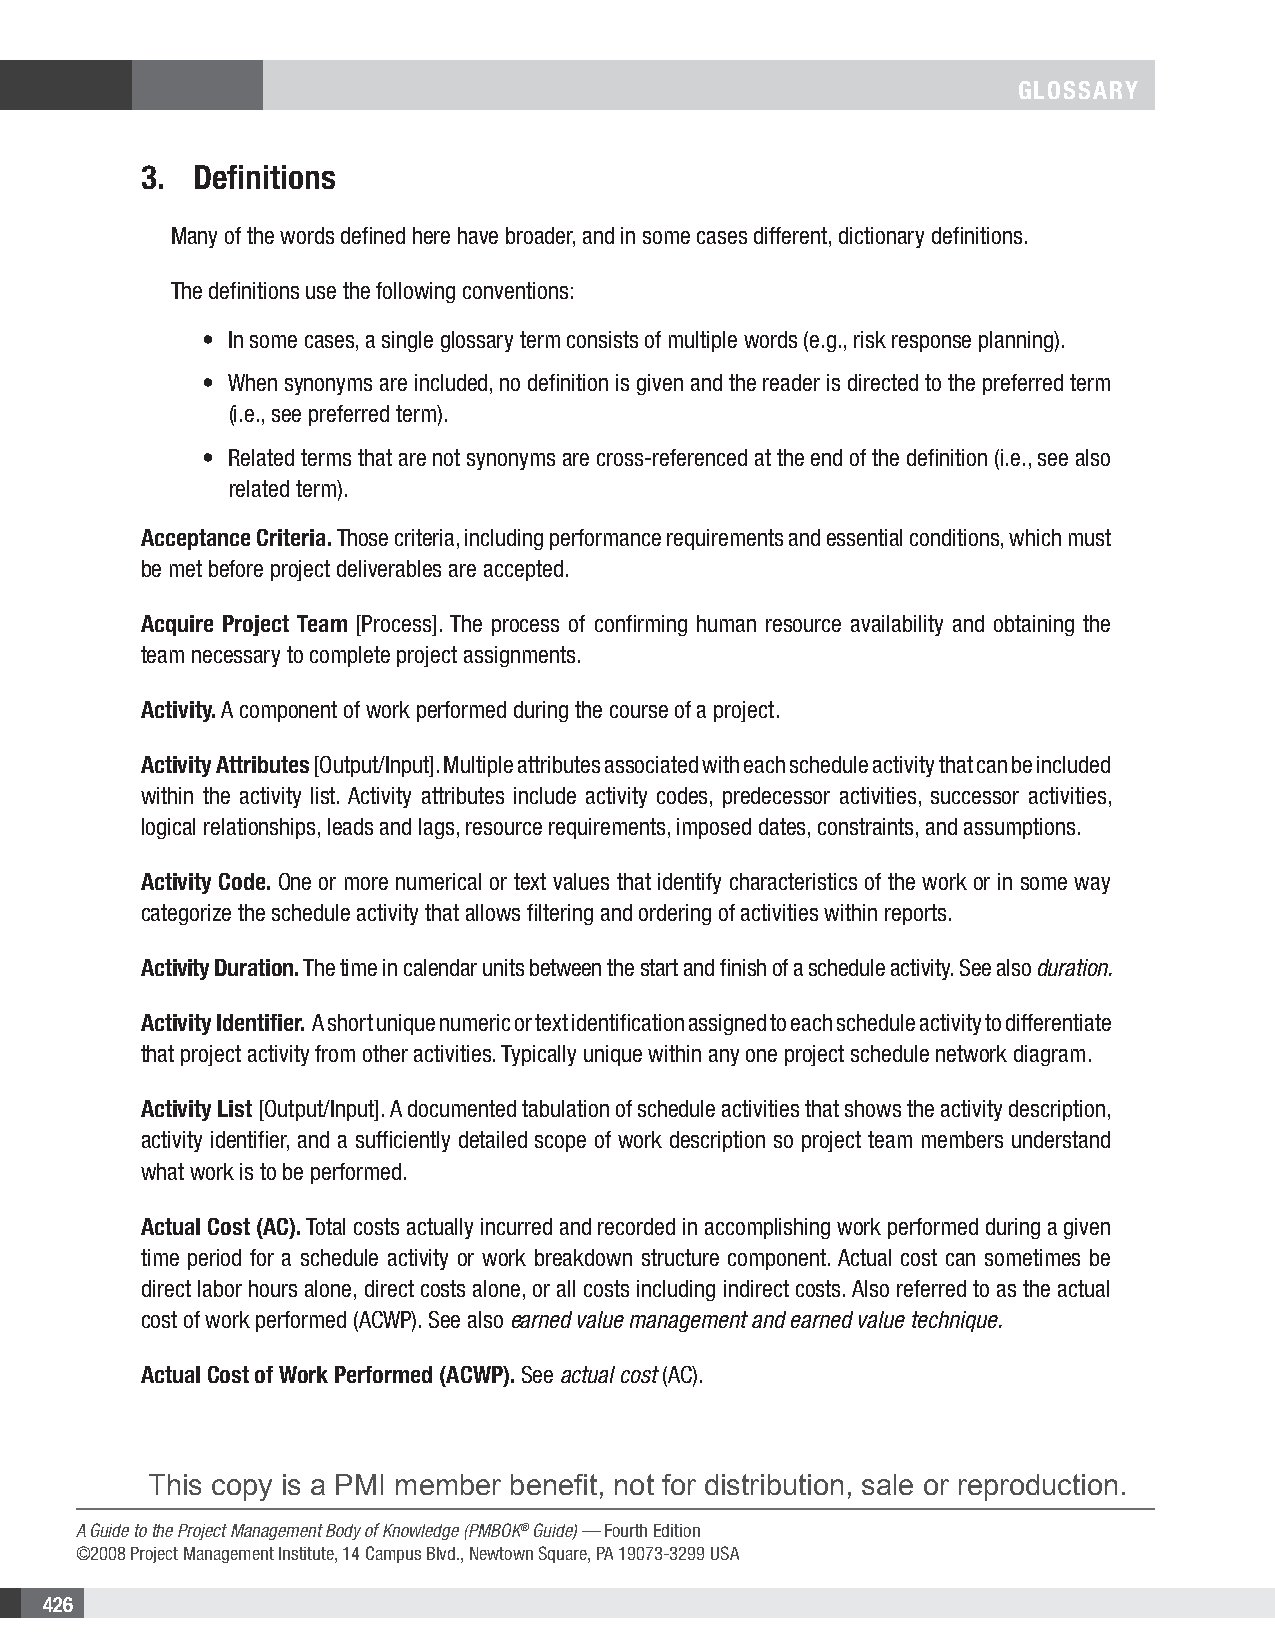
GLOSSARY
 3. Definitions
 Many of the words defined here have broader, and in some cases different, dictionary definitions.
 The definitions use the following conventions:
 • In some cases, a single glossary term consists of multiple words (e.g., risk response planning).
 • When synonyms are included, no definition is given and the reader is directed to the preferred term
 (i.e., see preferred term).
 • Related terms that are not synonyms are cross-referenced at the end of the definition (i.e., see also
 related term).
 Acceptance Criteria. Those criteria, including performance requirements and essential conditions, which must
 be met before project deliverables are accepted.
 Acquire Project Team [Process]. The process of confirming human resource availability and obtaining the
 team necessary to complete project assignments.
 Activity. A component of work performed during the course of a project.
 Activity Attributes [Output/Input]. Multiple attributes associated with each schedule activity that can be included
 within the activity list. Activity attributes include activity codes, predecessor activities, successor activities,
 logical relationships, leads and lags, resource requirements, imposed dates, constraints, and assumptions.
 Activity Code. One or more numerical or text values that identify characteristics of the work or in some way
 categorize the schedule activity that allows filtering and ordering of activities within reports.
 Activity Duration. The time in calendar units between the start and finish of a schedule activity. See also duration.
 Activity Identifier. A short unique numeric or text identification assigned to each schedule activity to differentiate
 that project activity from other activities. Typically unique within any one project schedule network diagram.
 Activity List [Output/Input]. A documented tabulation of schedule activities that shows the activity description,
 activity identifier, and a sufficiently detailed scope of work description so project team members understand
 what work is to be performed.
 Actual Cost (AC). Total costs actually incurred and recorded in accomplishing work performed during a given
 time period for a schedule activity or work breakdown structure component. Actual cost can sometimes be
 direct labor hours alone, direct costs alone, or all costs including indirect costs. Also referred to as the actual
 cost of work performed (ACWP). See also earned value management and earned value technique.
 Actual Cost of Work Performed (ACWP). See actual cost (AC).
 This copy is a PMI member benefit, not for distribution, sale or reproduction.
 A Guide to the Project Management Body of Knowledge (PMBOK® Guide) — Fourth Edition
 ©2008 Project Management Institute, 14 Campus Blvd., Newtown Square, PA 19073-3299 USA
 426